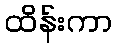
ထိန်းကာ